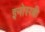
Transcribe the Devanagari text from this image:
इनोस्य्बी